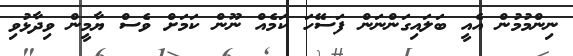
ނިންމުމުން އެއީ ބަލައިގަންނަން ފަސޭހަ ކަމެއް ނޫން ކަމަށް ވެސް ޔާމީން ވިދާޅުވި